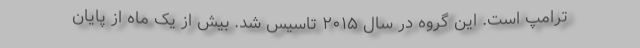
ترامپ است. این گروه در سال ۲۰۱۵ تاسیس شد. بیش از یک ماه از پایان